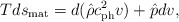
\begin{align*}Tds_{\rm mat}=d(\hat{\rho}c^2_{\rm ph}v)+\hat{p}dv,\end{align*}